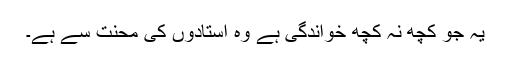
یہ جو کچھ نہ کچھ خواندگی ہے وہ استادوں کی محنت سے ہے۔